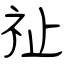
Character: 祉